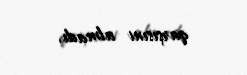
qarşısını almadı.